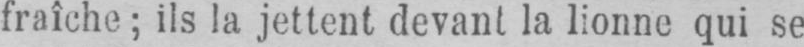
fraîche; ils la jettent devant la lionne qui se